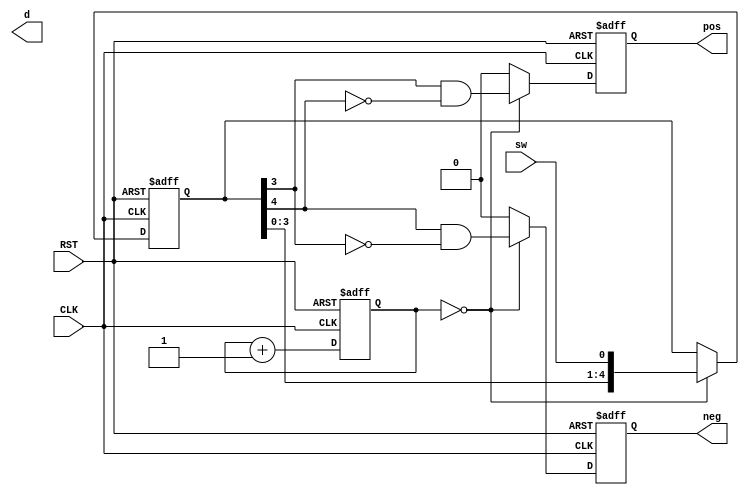

module switch
  #(
    parameter counter_bits = 17,
    parameter sync_bits = 3,

    parameter counter_bits_1 = counter_bits - 1,
    parameter samples_bits   = sync_bits + 2,
    parameter samples_bits_1 = samples_bits - 1,
    parameter samples_bits_2 = samples_bits_1 - 1
    )
  (
   input  CLK,
   input  RST,
   
   input  sw, 

   output reg pos,
   output reg neg,
   output d
   );

   reg [counter_bits_1:0] counter;
   reg [samples_bits_1:0]  samples;

   always @(posedge CLK or negedge RST)
     begin
        if (!RST)
          counter <= {counter_bits{1'b0}};
        else
          counter <= counter + {{counter_bits_1{1'b0}}, 1'b1};
     end

   always @(posedge CLK or negedge RST)
     begin
        if (!RST)
          samples <= {samples_bits{1'b0}};
        else
          if (counter == {counter_bits{1'b0}})
            samples <= {samples[samples_bits_2:0], sw};
     end

   always @(posedge CLK or negedge RST)
     if (!RST) begin
        pos <= 1'b0;
        neg <= 1'b0;
     end else begin
        if (counter == {counter_bits{1'b0}}) begin
           pos <= samples[samples_bits_2] & ~samples[samples_bits_1];
           neg <= samples[samples_bits_1] & ~samples[samples_bits_2];
        end else begin
           pos <= 1'b0;
           neg <= 1'b0;
        end
     end


endmodule // switch